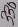
Text: 330